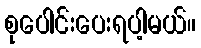
စုပေါင်းပေးရပါ့မယ်။